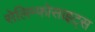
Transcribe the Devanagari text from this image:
सेलिम्फोसाइट्स